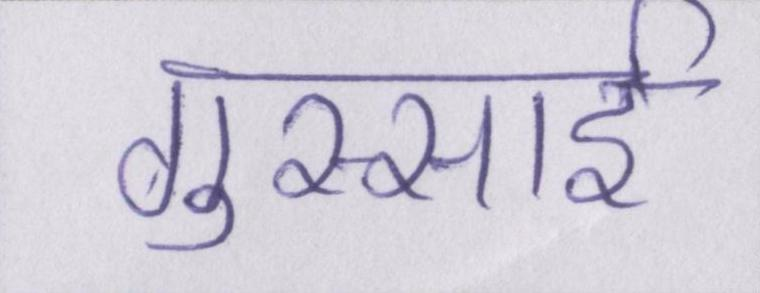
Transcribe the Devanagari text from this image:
गुस्साई